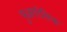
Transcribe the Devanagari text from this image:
भुअगोलिक